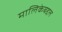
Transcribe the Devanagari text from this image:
मालिकेबद्दल